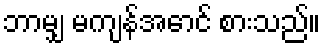
ဘာမျှ မကျန်အောင် စားသည်။